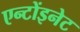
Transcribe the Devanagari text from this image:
एन्टोंइनेट